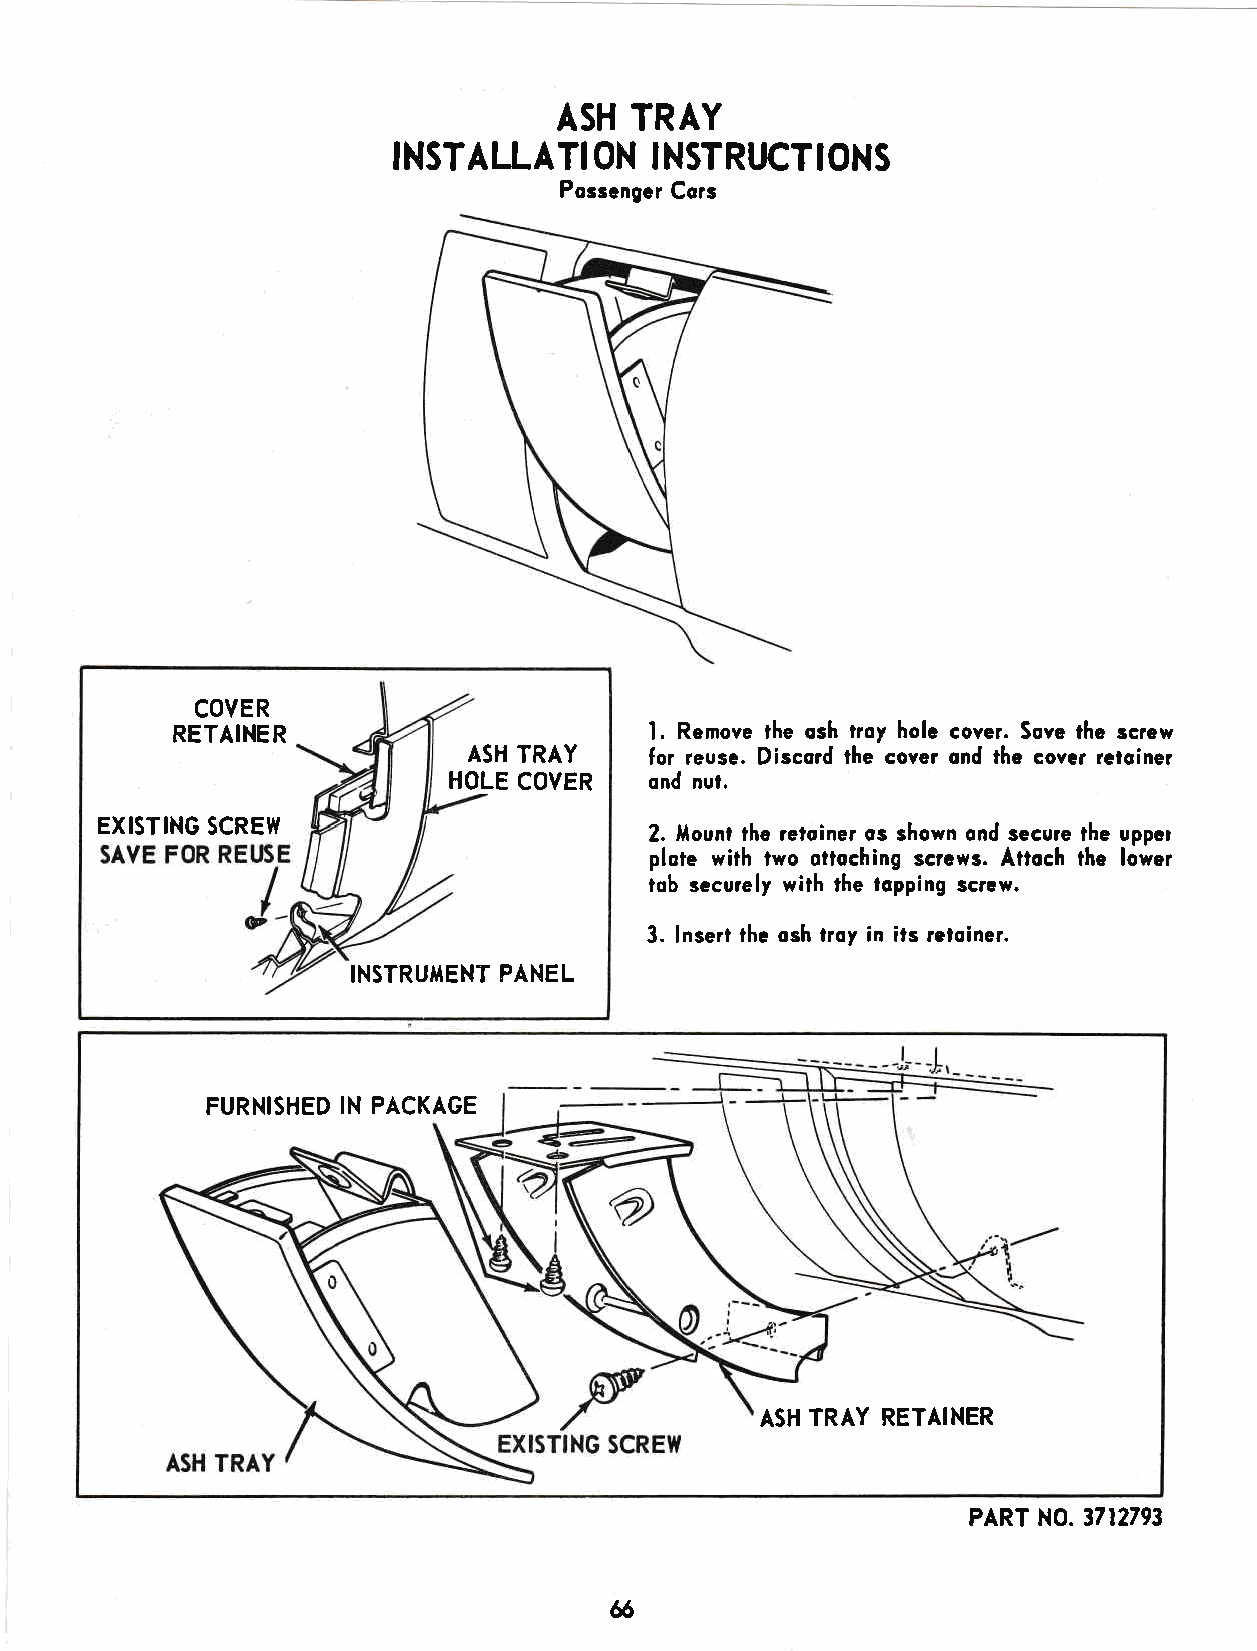
ASH  TRAY
 INSTALLATI   ON  INSTRrcTIONS
 Possengcr Cors
 COVER
 l.
 RETA!NER                          Remove the osh troy holc coyer. Sove the screw
 ASH TRAY    for reuse. Discord lhe cover ond the cover reloiner
 HOLE COVER   ond nut.
 EXlSTING SCREW                       2. llount the retoiner os shown ond secure the upper
 plote with two ottoching screws. Attoch the lower
 tob securely with ihe topping screw.
 3. lnsert the osh troy in ils reloiner.
 INSTRUMENT FANEL
 FURNISHED IN PACKAGE
 ASH TRAY RETAINER
 PART N0. 3712793
 6